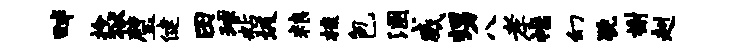
畔拎狱璧健田球粘圾粮梳包溷威甥八孝襟幻猊榭赳